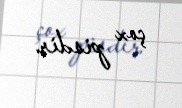
çox pisdir.